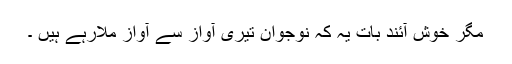
مگر خوش آئند بات یہ کہ نوجوان تیری آواز سے آواز ملارہے ہیں ۔